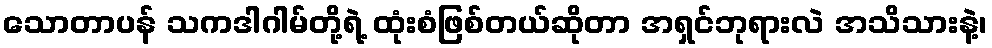
သောတာပန် သကဒါဂါမ်တို့ရဲ့ ထုံးစံဖြစ်တယ်ဆိုတာ အရှင်ဘုရားလဲ အသိသားနဲ့၊